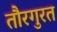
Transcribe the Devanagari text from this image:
तौरगुरत